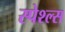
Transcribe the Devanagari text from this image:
स्पेश्ल्स